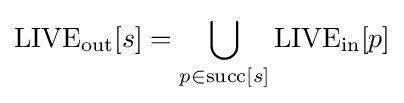
{\mbox{LIVE}}_{\mathrm {out} }[s]=\bigcup _{p\in \mathrm {succ} [s]}{\mbox{LIVE}}_{\mathrm {in} }[p]